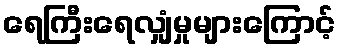
ရေကြီးရေလျှံမှုများကြောင့်